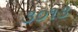
૩૦૧૩